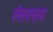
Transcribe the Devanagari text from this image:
लेसरच्या